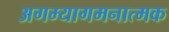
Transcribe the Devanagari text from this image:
अगम्यागमनात्मक